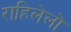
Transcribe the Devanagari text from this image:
राहिलेलो